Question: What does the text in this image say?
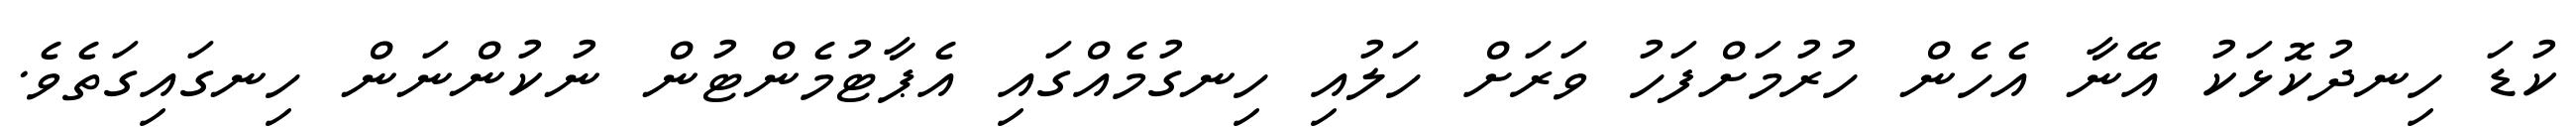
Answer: ކުޑަ ހިނދުކޮޅަކު އޭނާ އެހެން ހުރުމަށްފަހު ވަރަށް ހަލުއި ހިނގުމެއްގައި އެޕާޓުމެންޓުން ނުކުންނަން ހިނގައިގަތެވެ.